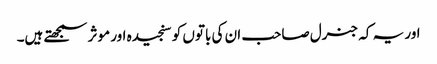
اور یہ کہ جنرل صاحب ان کی باتوں کو سنجیدہ اور موثر سمجھتے ہیں۔